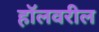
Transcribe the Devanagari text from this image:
हॉलवरील